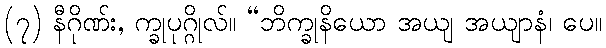
(၇) နီဂိုဏ်း, က္ခုပုဂ္ဂိုလ်။ “ဘိက္ခုနိယော အယျ အယျာနံ၊ ပေ။